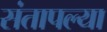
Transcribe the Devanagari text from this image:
संतापल्या